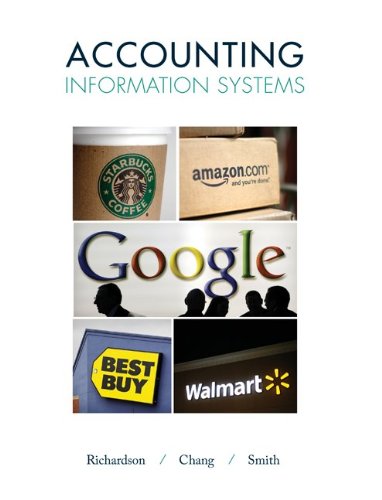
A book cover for Accounting Information Systems; Vernon Richardson; Computers & Technology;